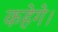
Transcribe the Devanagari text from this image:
कहेगे।